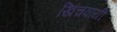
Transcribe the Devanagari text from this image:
खिंचवायी